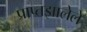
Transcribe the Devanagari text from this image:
प्राप्तझालेले